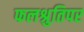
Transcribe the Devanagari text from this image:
फलश्रुतिपर